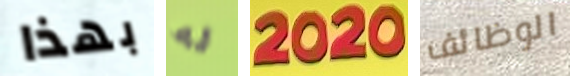
بهذا له 2020 الوظائف